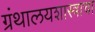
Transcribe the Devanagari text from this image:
ग्रंथालयशास्त्राचा